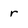
Character: r